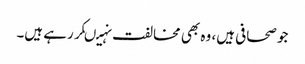
جو صحافی ہیں، وہ بھی مخالفت نہیںکر رہے ہیں۔